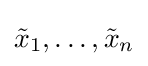
{\tilde {x}}_{1},\dots ,{\tilde {x}}_{n}